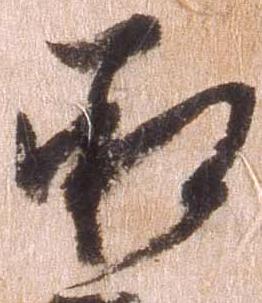
承